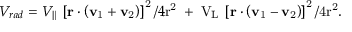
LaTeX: V _ { r a d } = V _ { \| } \: \left[ \bf r \cdot \left( v _ { \mathrm { 1 } } + v _ { \mathrm { 2 } } \right) \right] ^ { \mathrm { 2 } } / 4 \mathrm { r ^ { 2 } \; + \; V _ { L } \: \left[ \bf r \cdot \left( v _ { \mathrm { 1 } } - v _ { \mathrm { 2 } } \right) \right] ^ { \mathrm { 2 } } / 4 \mathrm { r ^ { 2 } . } }